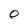
Character: O